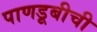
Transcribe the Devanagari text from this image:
पाणडूबीची